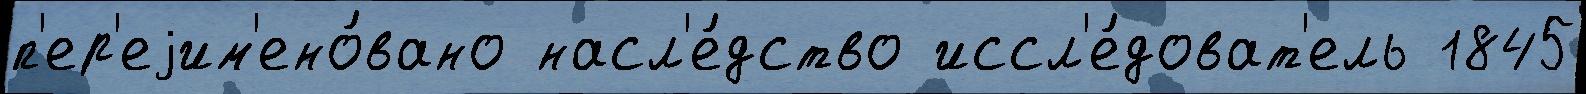
п'ер'еjим'ено́вано насл'е́дство иссл'е́доват'ель 1845